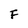
Character: F